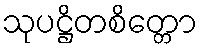
သုပဋ္ဌိတစိတ္တော